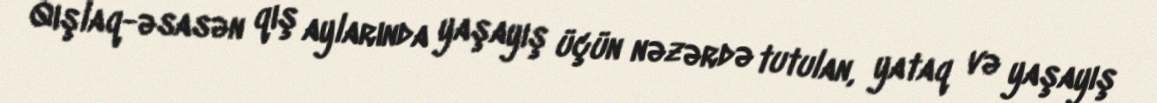
Qışlaq-əsasən qış aylarında yaşayış üçün nəzərdə tutulan, yataq və yaşayış